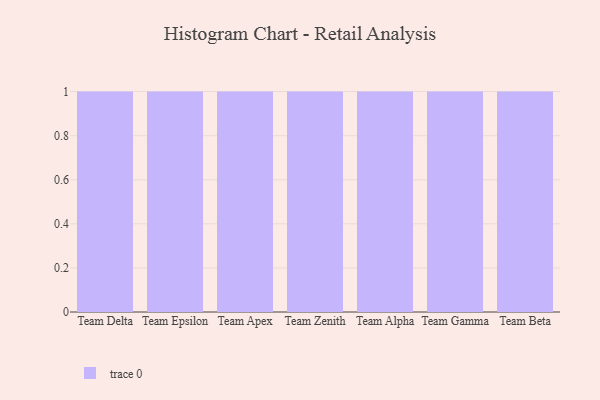
{"axis": {"x": "Team", "y": "Satisfaction Score"}, "legend": [""], "data": [{"x": "Team Delta", "y": 11, "type": ""}, {"x": "Team Epsilon", "y": 17, "type": ""}, {"x": "Team Apex", "y": 56, "type": ""}, {"x": "Team Zenith", "y": 27, "type": ""}, {"x": "Team Alpha", "y": 64, "type": ""}, {"x": "Team Gamma", "y": 96, "type": ""}, {"x": "Team Beta", "y": 81, "type": ""}]}